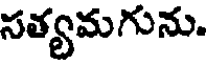
సత్యమగును.